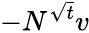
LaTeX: -N^{\sqrt{t}}v